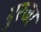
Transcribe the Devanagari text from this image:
पुरजा